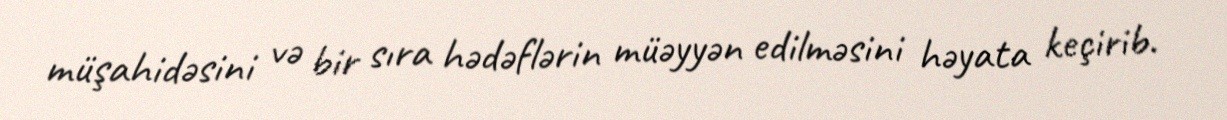
müşahidəsini və bir sıra hədəflərin müəyyən edilməsini həyata keçirib.